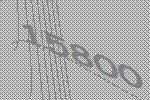
15800